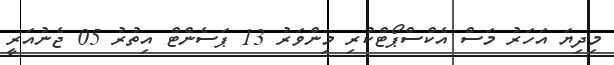
މިދިޔަ އަހަރު މަސް އެކްސްޕޯޓްކުރި މިންވަރު 13 ޕަސެންޓް އިތުރު 05 ޖެނުއަރީ